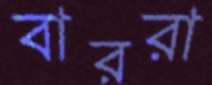
বাররা